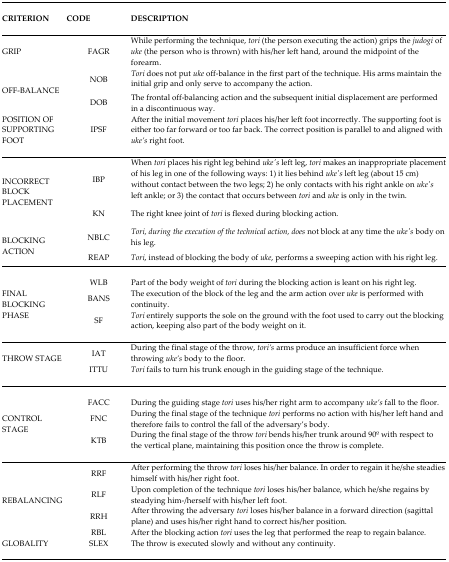
<table><thead><tr><td><b>CRITERION</b></td><td><b>CODE</b></td><td><b>DESCRIPTION</b></td></tr></thead><tbody><tr><td>GRIP</td><td>FAGR</td><td>While performing the technique, <i>tori</i> (the person executing the action) grips the <i>judogi</i> of <i>uke</i> (the person who is thrown) with his/her left hand, around the midpoint of the forearm.</td></tr><tr><td rowspan="2">OFF-BALANCE</td><td>NOB</td><td><i>Tori</i> does not put <i>uke</i> off-balance in the first part of the technique. His arms maintain the initial grip and only serve to accompany the action.</td></tr><tr><td>DOB</td><td>The frontal off-balancing action and the subsequent initial displacement are performed in a discontinuous way.</td></tr><tr><td>POSITION OF SUPPORTING FOOT</td><td>IPSF</td><td>After the initial movement <i>tori</i> places his/her left foot incorrectly. The supporting foot is either too far forward or too far back. The correct position is parallel to and aligned with <i>uke’s</i> right foot.</td></tr><tr><td rowspan="2">INCORRECT BLOCK PLACEMENT</td><td>IBP</td><td>When <i>tori</i> places his right leg behind <i>uke’s</i> left leg, <i>tori</i> makes an inappropriate placement of his leg in one of the following ways: 1) it lies behind <i>uke’s</i> left leg (about 15 cm) without contact between the two legs; 2) he only contacts with his right ankle on <i>uke’s</i> left ankle; or 3) the contact that occurs between <i>tori</i> and <i>uke</i> is only in the twin.</td></tr><tr><td>KN</td><td>The right knee joint of <i>tori</i> is flexed during blocking action.</td></tr><tr><td rowspan="2">BLOCKING ACTION</td><td>NBLC</td><td><i>Tori, during the execution of the technical action, does</i> not block at any time the <i>uke’s</i> body on his leg.</td></tr><tr><td>REAP</td><td><i>Tori</i>, instead of blocking the body of <i>uke</i>, performs a sweeping action with his right leg.</td></tr><tr><td rowspan="3">FINAL BLOCKING PHASE</td><td>WLB</td><td>Part of the body weight of <i>tori</i> during the blocking action is leant on his right leg.</td></tr><tr><td>BANS</td><td>The execution of the block of the leg and the arm action over <i>uke</i> is performed with continuity.</td></tr><tr><td>SF</td><td><i>Tori</i> entirely supports the sole on the ground with the foot used to carry out the blocking action, keeping also part of the body weight on it.</td></tr><tr><td rowspan="2">THROW STAGE</td><td>IAT</td><td>During the final stage of the throw, <i>tori’s</i> arms produce an insufficient force when throwing <i>uke’s</i> body to the floor.</td></tr><tr><td>ITTU</td><td><i>Tori</i> fails to turn his trunk enough in the guiding stage of the technique.</td></tr><tr><td rowspan="3">CONTROL STAGE</td><td>FACC</td><td>During the guiding stage <i>tori</i> uses his/her right arm to accompany <i>uke’s</i> fall to the floor.</td></tr><tr><td>FNC</td><td>During the final stage of the technique <i>tori</i> performs no action with his/her left hand and therefore fails to control the fall of the adversary’s body.</td></tr><tr><td>KTB</td><td>During the final stage of the throw <i>tori</i> bends his/her trunk around 90o with respect to the vertical plane, maintaining this position once the throw is complete.</td></tr><tr><td rowspan="4">REBALANCING</td><td>RRF</td><td>After performing the throw <i>tori</i> loses his/her balance. In order to regain it he/she steadies himself with his/her right foot.</td></tr><tr><td>RLF</td><td>Upon completion of the technique <i>tori</i> loses his/her balance, which he/she regains by steadying him-/herself with his/her left foot.</td></tr><tr><td>RRH</td><td>After throwing the adversary <i>tori</i> loses his/her balance in a forward direction (sagittal plane) and uses his/her right hand to correct his/her position.</td></tr><tr><td>RBL</td><td>After the blocking action <i>tori</i> uses the leg that performed the reap to regain balance.</td></tr><tr><td>GLOBALITY</td><td>SLEX</td><td>The throw is executed slowly and without any continuity.</td></tr></tbody></table>